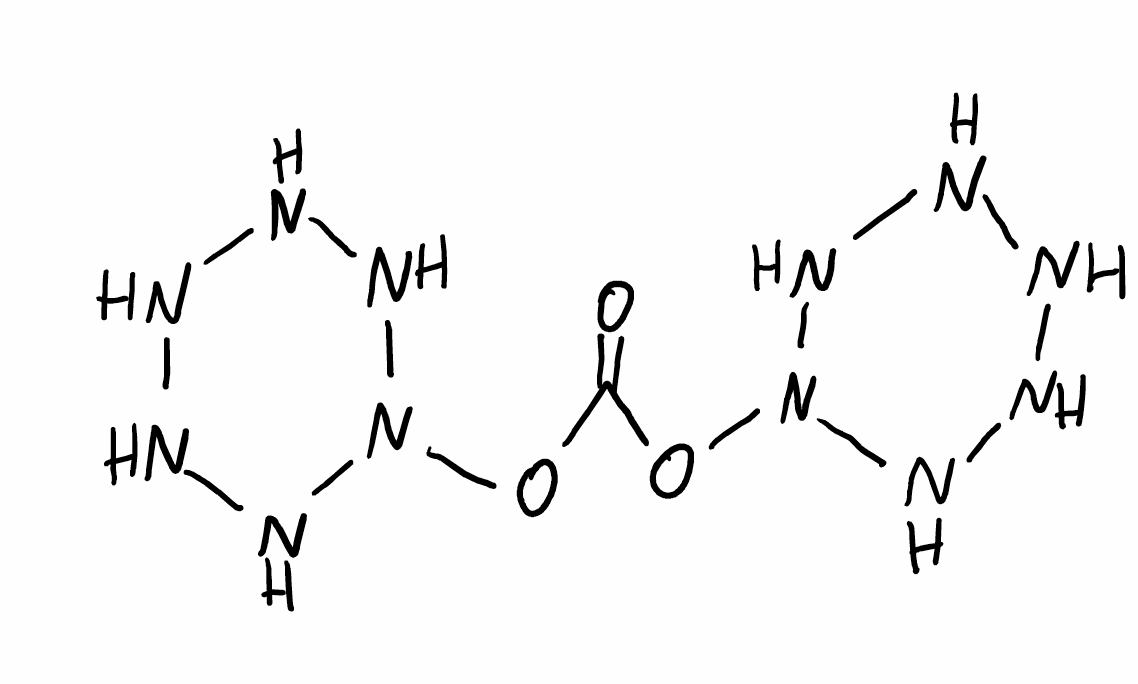
Simplified molecular-input line-entry system (SMILES) notation of the given molecule:
C(=O)(ON1NNNNN1)ON2NNNNN2